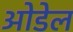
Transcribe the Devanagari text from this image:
ओडेल